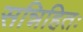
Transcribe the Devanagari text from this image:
सन्निहितः